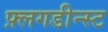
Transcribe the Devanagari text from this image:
फ़्लगडीन्स्ट